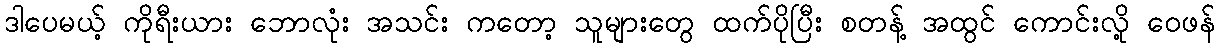
ဒါပေမယ့် ကိုရီးယား ဘောလုံး အသင်း ကတော့ သူများတွေ ထက်ပိုပြီး စတန့် အထွင် ကောင်းလို့ ဝေဖန်